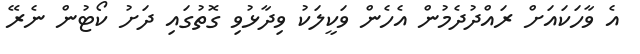
އެ ވާހަކައަށް ރައްދުދެމުން އެހެން ވަކީލަކު ވިދާޅުވި ގޮތުގައި ދަށު ކޯޓުން ނެރޭ